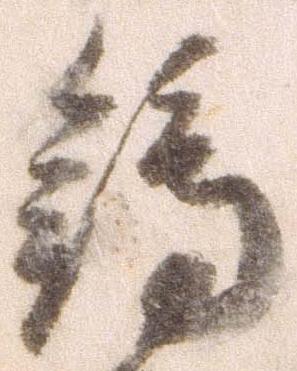
鴇